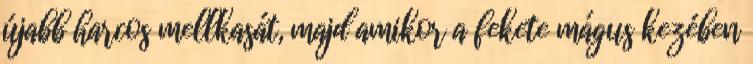
újabb harcos mellkasát, majd amikor a fekete mágus kezében